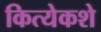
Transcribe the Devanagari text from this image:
कित्येकशे